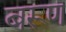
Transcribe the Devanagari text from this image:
बरूण